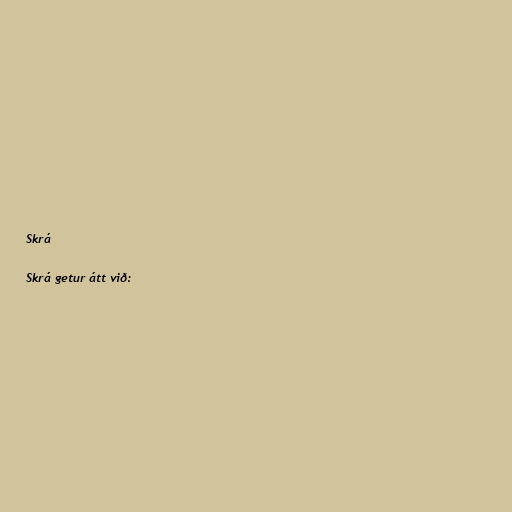
Skrá

Skrá getur átt við: